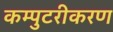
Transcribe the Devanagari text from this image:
कम्पुटरीकरण